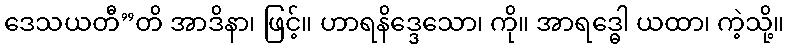
ဒေသယတီ”တိ အာဒိနာ၊ ဖြင့်။ ဟာရနိဒ္ဒေသော၊ ကို။ အာရဒ္ဓေါ ယထာ၊ ကဲ့သို့။